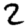
Digit: 2